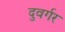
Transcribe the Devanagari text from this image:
दुवर्गर